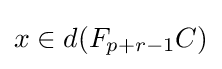
x\in d(F_{p+r-1}C)